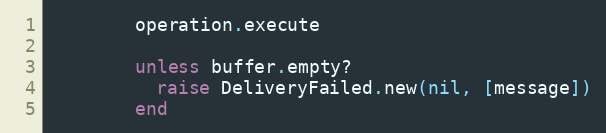
Language: Ruby
        operation.execute

        unless buffer.empty?
          raise DeliveryFailed.new(nil, [message])
        end